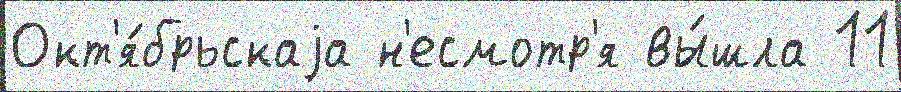
Окт'я́брьскаjа н'есмотр'я вы́шла 11